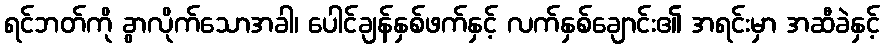
ရင်ဘတ်ကို ခွာလိုက်သောအခါ၊ ပေါင်ချန်နှစ်ဖက်နှင့် လက်နှစ်ချောင်း၏ အရင်းမှာ အဆီခဲနှင့်